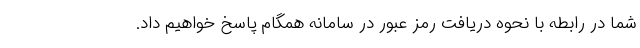
شما در رابطه با نحوه دریافت رمز عبور در سامانه همگام پاسخ خواهیم داد.